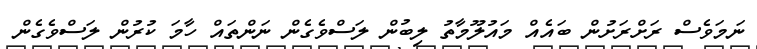
ނަމަވެސް ރަށްރަށުން ބައެއް މައުލޫމާތު ލިބުން ލަސްވެގެން ނަންތައް ހާމަ ކުރުން ލަސްވެގެން